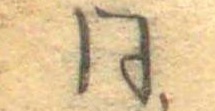
同